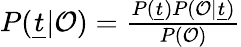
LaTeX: \begin{array}{r}{P(\underline{{t}}|\mathcal{O})=\frac{P(\underline{{t}})P(\mathcal{O}|\underline{{t}})}{P(\mathcal{O})}}\end{array}